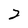
Character: 2